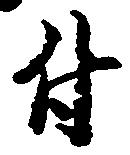
付